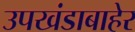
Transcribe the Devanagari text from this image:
उपखंडाबाहेर